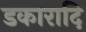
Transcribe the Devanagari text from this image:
डकारादि